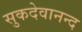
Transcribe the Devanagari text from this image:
सुकदेवानन्द